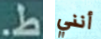
ط. أنني